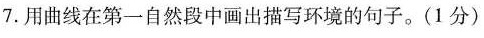
7.用曲线在第一自然段中画出描写环境的句子。(1分)